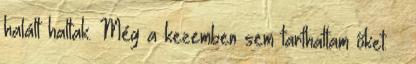
halált haltak. Még a kezemben sem tarthattam őket. –